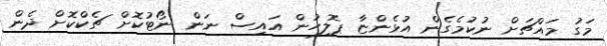
މަގު މައްޗަށް ނުކުމެގެން އުޅެންޏާ ޕޮލިހުން އައިސް ނަން ނޯޓުކޮށް ޗެކްކޮށް ދެން